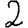
Digit: 2